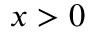
x > 0